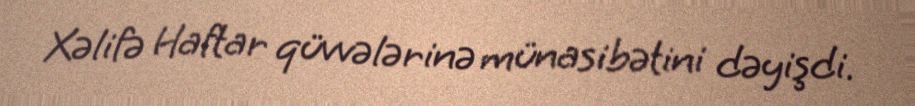
Xəlifə Haftar qüvvələrinə münasibətini dəyişdi.